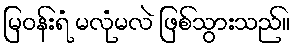
မြဝန်းရံ မလုံမလဲ ဖြစ်သွားသည်။